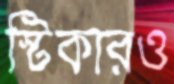
স্টিকারও